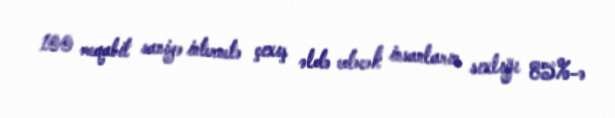
100 meqabit saniyə internetə çıxış əldə edəcək insanların sıxlığı 85%-ə